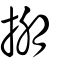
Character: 掤